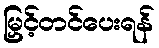
မြှင့်တင်ပေးရန်